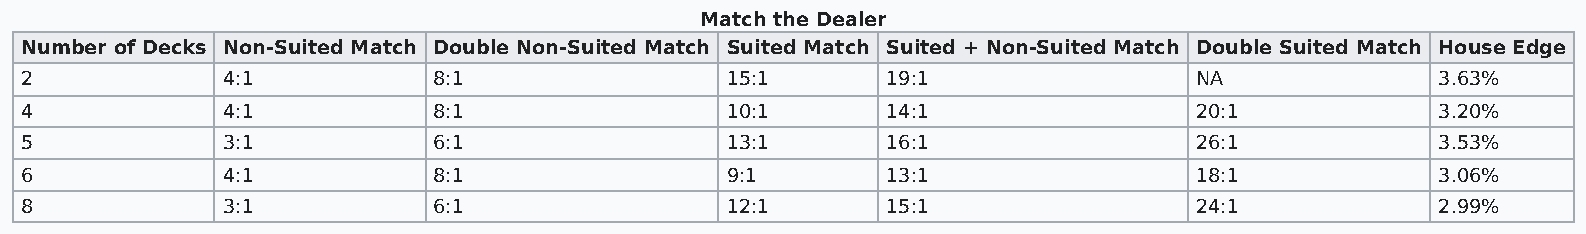
Match the Dealer
 Number of Decks Non-Suited Match Double Non-Suited Match Suited Match Suited + Non-Suited Match Double Suited Match House Edge
 2             4:1           8:1                15:1       19:1                NA              3.63%
 4             4:1           8:1                10:1       14:1                20:1            3.20%
 5             3:1           6:1                13:1       16:1                26:1            3.53%
 6             4:1           8:1                9:1        13:1                18:1            3.06%
 8             3:1           6:1                12:1       15:1                24:1            2.99%